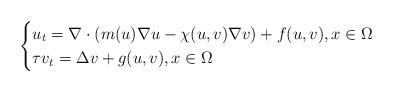
LaTeX: \begin{align*} \begin{cases} u_{t}=\nabla\cdot (m(u)\nabla u- \chi(u,v)\nabla v) + f(u,v), x\in\Omega \\ \tau v_t=\Delta v + g(u,v), x\in\Omega \end{cases} \end{align*}